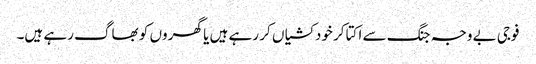
فوجی بے وجہ جنگ سے اکتا کر خودکشیاں کر رہے ہیں یا گھر وں کو بھاگ رہے ہیں۔